Report of the Indian Hemp Drugs Commission, 1894-1895 - Volume V
Year: 1894
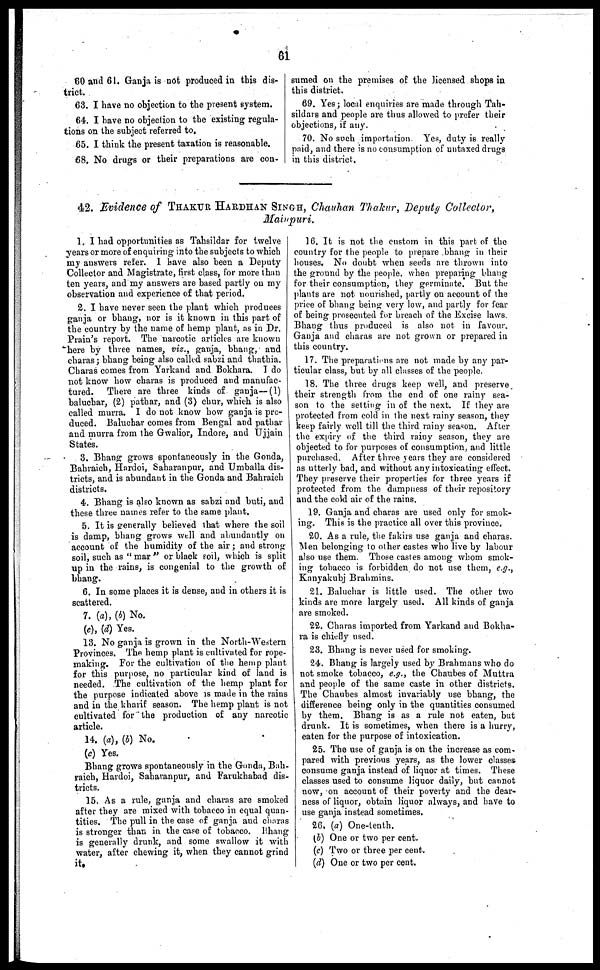
61
60 and 61. Ganja is not produced in this dis-
trict.
63. I have no objection to the present system.
64. I have no objection to the existing regula-
tions on the subject referred to.
65. I think the present taxation is reasonable.
68. No drugs or their preparations are con-
sumed on the premises of the licensed shops in
this district.
69. Yes ; local enquiries are made through Tah-
sildars and people are thus allowed to prefer their
objections, if any.
70. No such importation. Yes, duty is really
paid, and there is no consumption of untaxed drugs
in this district.
42. Evidence of THAKUR HARDHAN SINGH, Chauhan Thakur, Deputy Collector,
Mainpuri.
1. I had opportunities as Tahsildar for twelve
years or more of enquiring into the subjects to which
my answers refer. I have also been a Deputy
Collector and Magistrate, first class, for more than
ten years, and my answers are based partly on my
observation and experience of that period.
2. I have never seen the plant which produces
ganja or bhang, nor is it known in this part of
the country by the name of hemp plant, as in Dr.
Plain's report. The narcotic articles are known
here by three names, viz., ganja, bhang, and
charas ; bhang being also called sabzi and thathia.
Charas comes from Yarkand and Bokhara. I do
not know how charas is produced and manufac-
tured. There are three kinds of ganja— (1)
baluchar, (2) pathar, and (3) chur, which is also
called murra. I do not know how ganja is pro-
duced. Baluchar comes from Bengal and pathar
and murra from the Gwalior, Indore, and Ujjain
States.
3. Bhang grows spontaneously in the Gonda,
Bahraich, Hardoi, Saharanpur, and Umballa dis-
tricts, and is abundant in the Gonda and Bahraich
districts.
4. Bhang is also known as sabzi and buti, and
these three names refer to the same plant.
5. It is generally believed that where the soil
is damp, bhang grows well and abundantly on
account of the humidity of the air ; and strong
soil, such as "mar" or black soil, which is split
up in the rains, is congenial to the growth of
bhang.
6. In some places it is dense, and in others it is
scattered.
7. (a), (b) No.
(c), (d) Yes.
13. No ganja is grown in the North-Western
Provinces. The hemp plant is cultivated for rope-
making. For the cultivation of the hemp plant
for this purpose, no particular kind of land is
needed. The cultivation of the hemp plant for
the purpose indicated above is made in the rains
and in the kharif season. The hemp plant is not
cultivated for the production of any narcotic
article.
14. (a), (b) No.
(c) Yes.
Bhang grows spontaneously in the Gonda, Bah-
raich, Hardoi, Saharanpur, and Farukhabad dis-
tricts.
15. As a rule, ganja and charas are smoked
after they are mixed with tobacco in equal quan-
tities. The pull in the case of ganja and charas
is stronger than in the case of tobacco. Bhang
is generally drunk, and some swallow it with
water, after chewing it, when they cannot grind
it.
16. It is not the custom in this part of the
country for the people to prepare bhang in their
houses. No doubt when seeds are thrown into
the ground by the people, when preparing bhang
for their consumption, they germinate. But the
plants are not nourished, partly on account of the
price of bhang being very low, and partly for fear
of being prosecuted for breach of the Excise laws.
Bhang thus produced is also not in favour.
Ganja and charas are not grown or prepared in
this country.
17. The preparations are not made by any par-
ticular class, but by all classes of the people.
18. The three drugs keep well, and preserve
their strength from the end of one rainy sea-
son to the setting in of the next. If they are
protected from cold in the next rainy season, they
keep fairly well till the third rainy season. After
the expiry of the third rainy season, they are
objected to for purposes of consumption, and little
purchased. After three years they are considered
as utterly bad, and without any intoxicating effect.
They preserve their properties for three years if
protected from the dampness of their repository
and the cold air of the rains.
19. Ganja and charas are used only for smok-
ing. This is the practice all over this province.
20. As a rule, the fakirs use ganja and charas.
Men belonging to other castes who live by labour
also use them. Those castes among whom smok-
ing tobacco is forbidden do not use them, e.g.,
Kanyakubj Brahmins.
21. Baluchar is little used. The other two
kinds are more largely used. All kinds of ganja
are smoked.
22. Charas imported from Yarkand and Bokha-
ra is chiefly used.
23. Bhang is never used for smoking.
24. Bhang is largely used by Brahmans who do
not smoke tobacco, e.g., the Chaubes of Muttra
and people of the same caste in other districts.
The Chaubes almost invariably use bhang, the
difference being only in the quantities consumed
by them. Bhang is as a rule not eaten, but
drunk. It is sometimes, when there is a hurry,
eaten for the purpose of intoxication.
25. The use of ganja is on the increase as com-
pared with previous years, as the lower classes-
consume ganja instead of liquor at times. These
classes used to consume liquor daily, but cannot
now, on account of their poverty and the dear-
ness of liquor, obtain liquor always, and have to
use ganja instead sometimes.
26. (a) One-tenth.
(b) One or two per cent.
(c) Two or three per cent.
(d) One or two per cent.